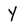
Character: Y